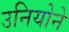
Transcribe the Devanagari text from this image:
उनियोने